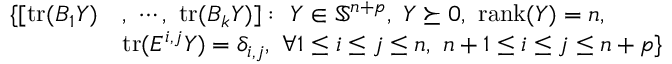
\begin{array} { r l } { \{ [ \mathrm { t r } ( B _ { 1 } Y ) } & { , \ \cdots , \ \mathrm { t r } ( B _ { k } Y ) ] : ~ Y \in { \mathbb S } ^ { n + p } , ~ Y \succeq 0 , \ \mathrm { r a n k } ( Y ) = n , } \\ & { \mathrm { t r } ( E ^ { i , j } Y ) = \delta _ { i , j } , ~ \forall 1 \le i \le j \le n , ~ n + 1 \le i \le j \le n + p \} } \end{array}